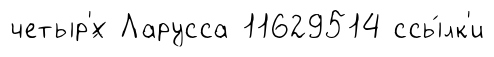
четыр'́х Ларусса 11629514 ссы́лк'и